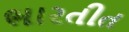
ભારતીત